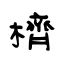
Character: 櫅